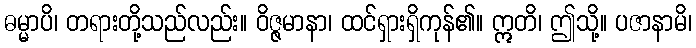
ဓမ္မာပိ၊ တရားတို့သည်လည်း။ ဝိဇ္ဇမာနာ၊ ထင်ရှားရှိကုန်၏။ ဣတိ၊ ဤသို့။ ပဇာနာမိ၊